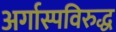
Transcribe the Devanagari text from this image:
अर्गास्पविरुद्ध